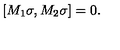
\lbrack M _ { 1 } \sigma , M _ { 2 } \sigma ] = 0 .